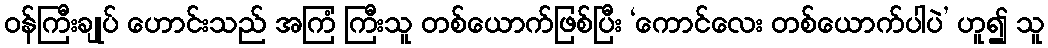
ဝန်ကြီးချုပ် ဟောင်းသည် အကြံ ကြီးသူ တစ်ယောက်ဖြစ်ပြီး ‘ကောင်လေး တစ်ယောက်ပါပဲ’ ဟူ၍ သူ